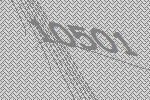
10501